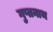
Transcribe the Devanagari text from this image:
गुप्तनाथ